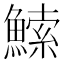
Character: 𬵠